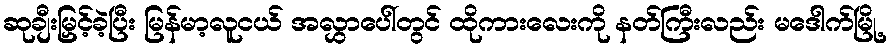
ဆုချီးမြှင့်ခဲ့ပြီး မြန်မာ့လူငယ် အလွှာပေါ်တွင် ထိုကားလေးကို နတ်ကြီးလည်း မဒေါက်မြို့